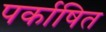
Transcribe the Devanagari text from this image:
पर्काषित